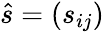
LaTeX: \hat{s}=(s_{ij})